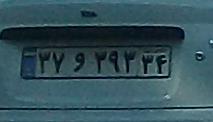
۳۷و۳۹۳۳۴